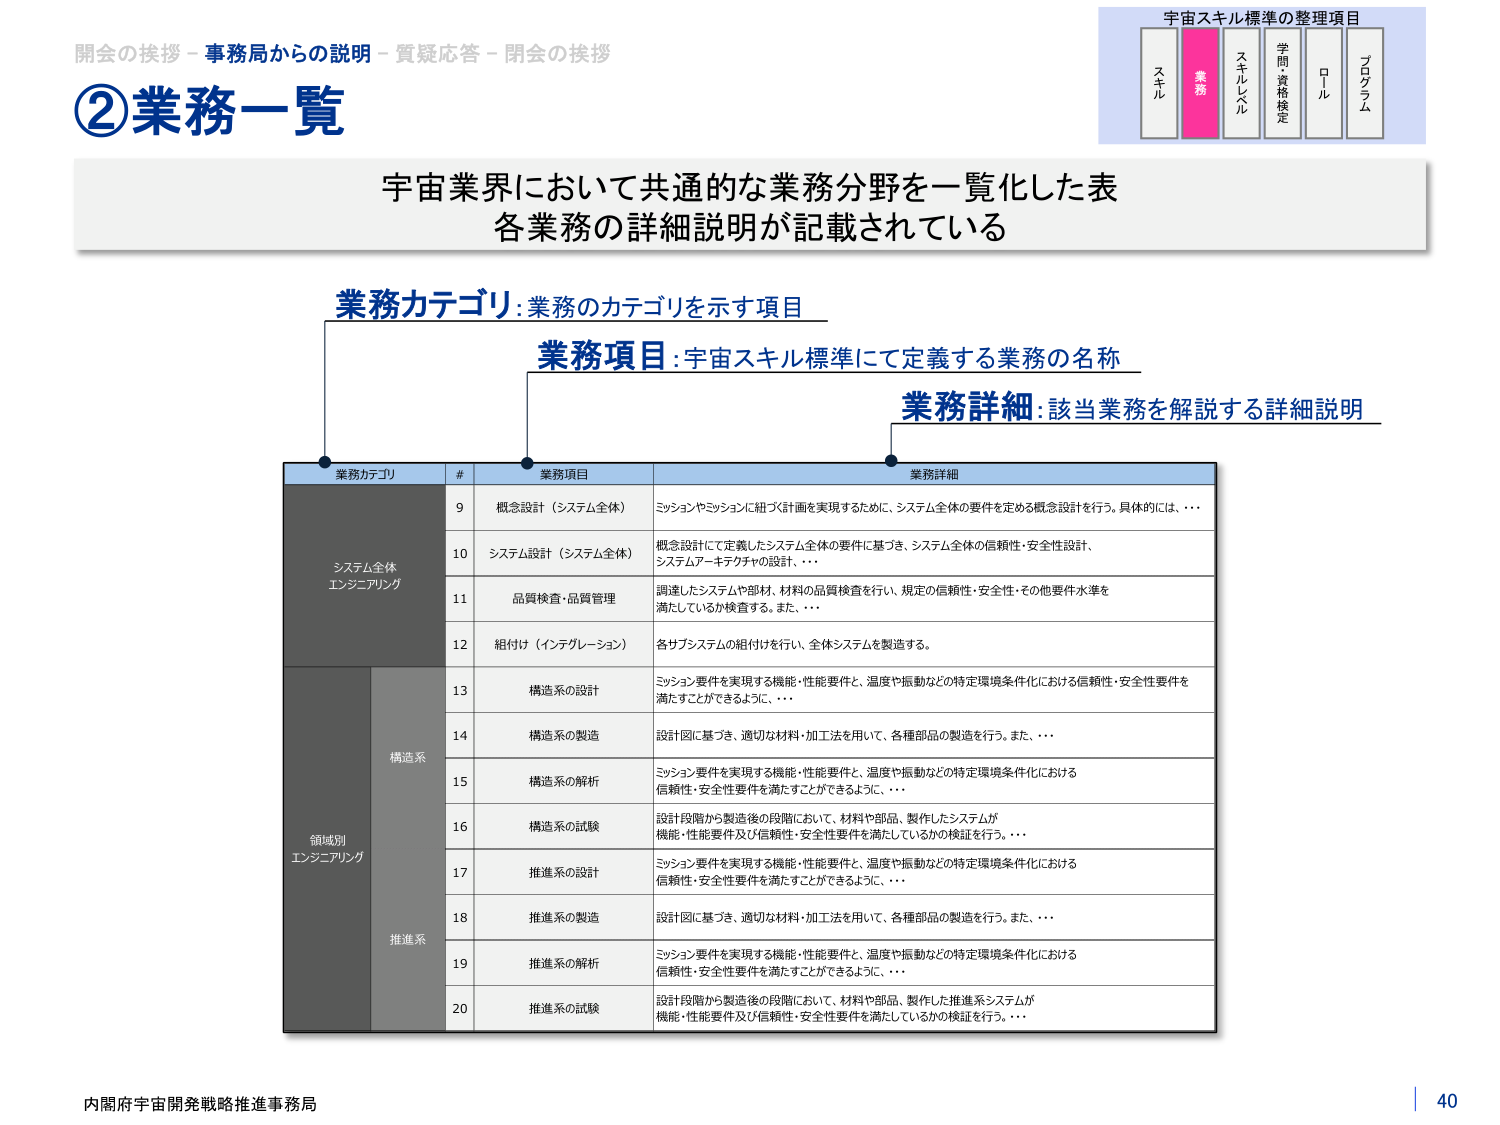
開会の挨拶 - 事務局からの説明 - 質疑応答 - 閉会の挨拶
②業務一覧
宇宙スキル標準の整理項目
スキル 業務 スキルレベル 学問・資格検定 ロール プログラム
宇宙業界において共通的な業務分野を一覧化した表
各業務の詳細説明が記載されている
業務カテゴリ:業務のカテゴリを示す項目
業務項目:宇宙スキル標準にて定義する業務の名称
業務詳細:該当業務を解説する詳細説明
業務カテゴリ # 業務項目 業務詳細
システム全体エンジニアリング
9 概念設計（システム全体） ミッションやミッションに紐づく計画を実現するために、システム全体の要件を定める概念設計を行う。具体的には、…
10 システム設計（システム全体） 概念設計にて定義したシステム全体の要件に基づき、システム全体の信頼性・安全性設計、システムアーキテクチャの設計、…
11 品質検査・品質管理 調達したシステムや部材、材料の品質検査を行い、規定の信頼性・安全性・その他要件水準を満たしているか検査する。また、…
12 組付け（インテグレーション） 各サブシステムの組付けを行い、全体システムを製造する。
領域別エンジニアリング
構造系
13 構造系の設計 ミッション要件を実現する機能・性能要件と、温度や振動などの特定環境条件化における信頼性・安全性要件を満たすことができるよう、…
14 構造系の製造 設計図に基づき、適切な材料・加工法を用いて、各種部品の製造を行う。また、…
15 構造系の解析 ミッション要件を実現する機能・性能要件と、温度や振動などの特定環境条件化における信頼性・安全性要件を満たすことができるよう、…
16 構造系の試験 設計段階から製造後の段階において、材料や部品、製作したシステムが機能・性能要件及び信頼性・安全性要件を満たしているかの検証を行う。…
推進系
17 推進系の設計 ミッション要件を実現する機能・性能要件と、温度や振動などの特定環境条件化における信頼性・安全性要件を満たすことができるよう、…
18 推進系の製造 設計図に基づき、適切な材料・加工法を用いて、各種部品の製造を行う。また、…
19 推進系の解析 ミッション要件を実現する機能・性能要件と、温度や振動などの特定環境条件化における信頼性・安全性要件を満たすことができるよう、…
20 推進系の試験 設計段階から製造後の段階において、材料や部品、製作した推進系システムが機能・性能要件及び信頼性・安全性要件を満たしているかの検証を行う。…
内閣府宇宙開発戦略推進事務局
40